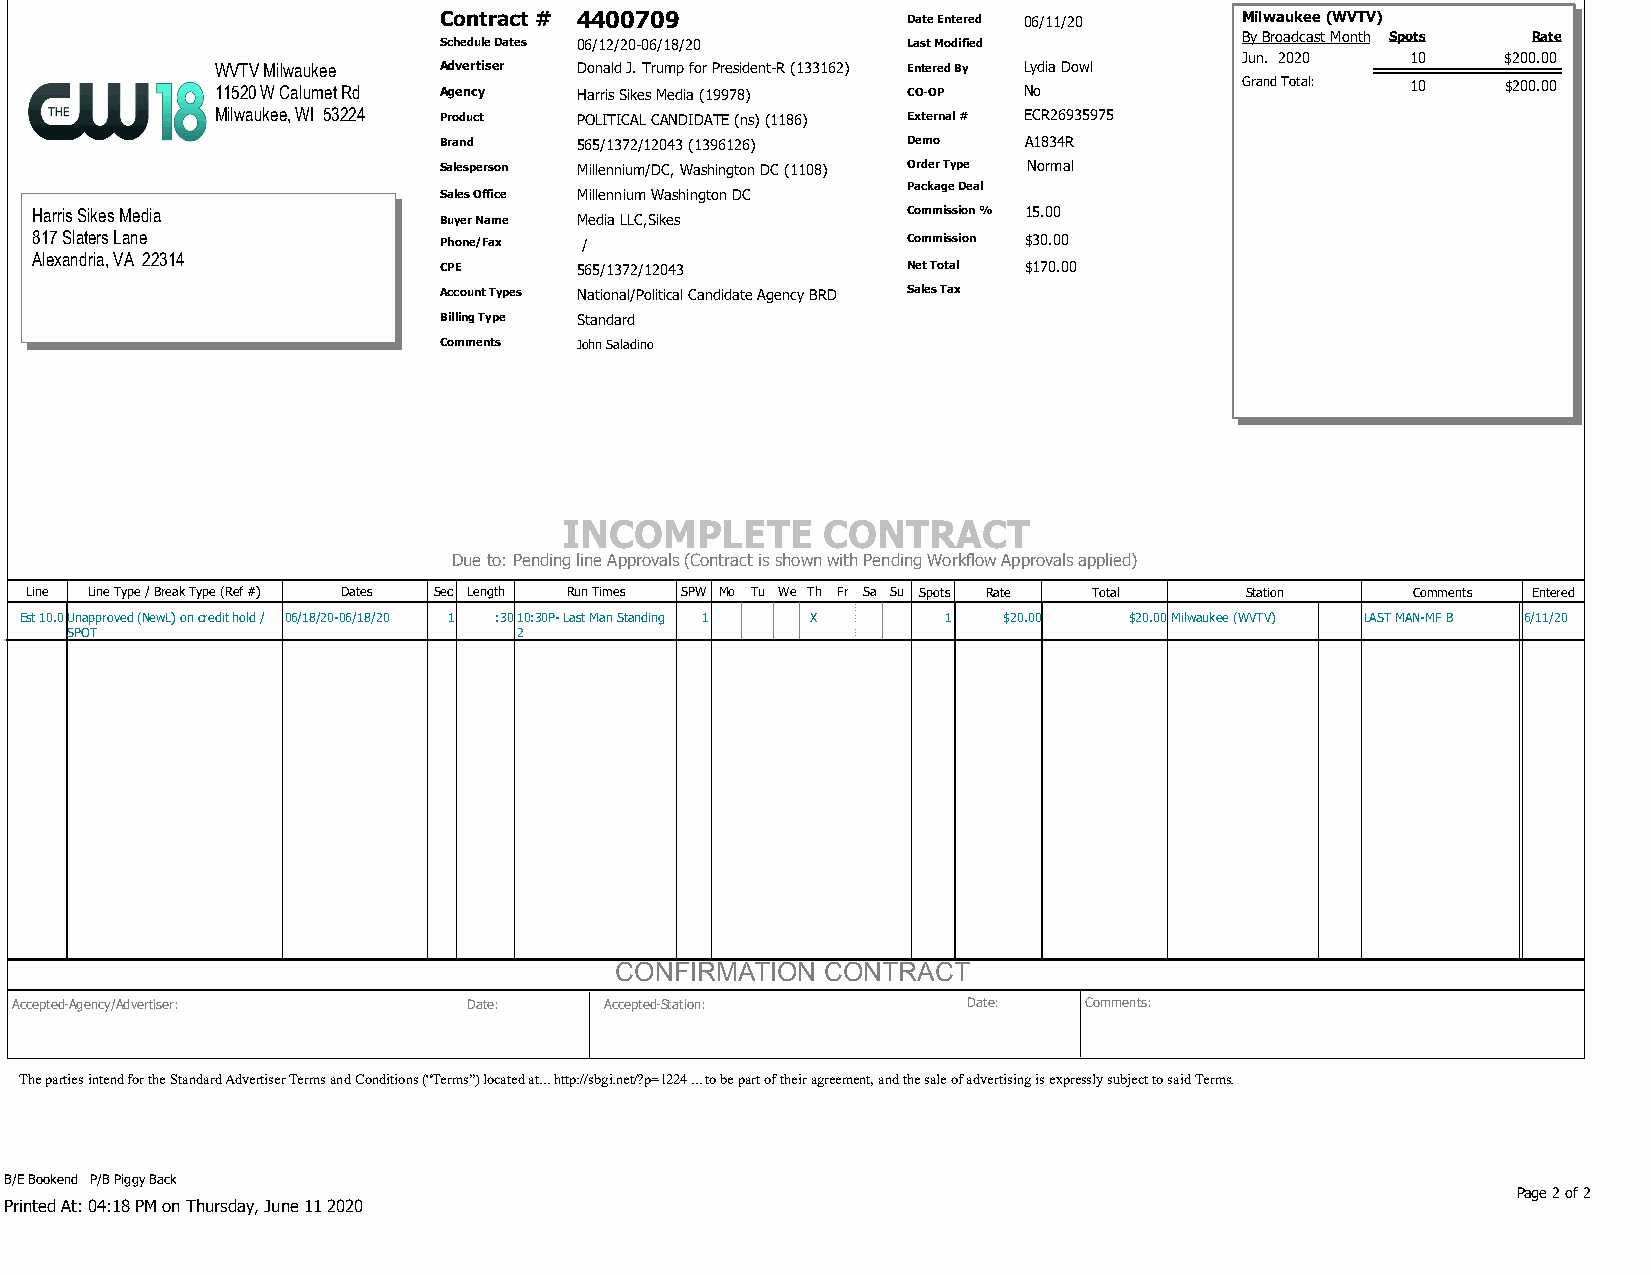
Contract # 4400709             Date Entered 06/11/20 Milwaukee (WVTV)
 By Broadcast Month Spots Rate
 Schedule Dates 06/12/20-06/18/20 Last Modified
 Jun. 2020  10     $200.00
 WVTV Milwaukee Advertiser Donald J. Trump for President-R (133162) Entered By Lydia Dowl
 11520 W Calumet Rd Agency Harris Sikes Media (19978) CO-OP No       Grand Total: 10   $200.00
 Milwaukee, WI 53224 Product POLITICAL CANDIDATE (ns) (1186) External # ECR26935975
 Brand    565/1372/12043 (1396126) Demo A1834R
 Salesperson Millennium/DC, Washington DC (1108) Order Type Normal
 Package Deal
 Sales Office Millennium Washington DC
 Harris Sikes Media         Buyer Name Media LLC,Sikes     Commission % 15.00
 817 Slaters Lane           Phone/Fax /                    Commission $30.00
 Alexandria, VA 22314
 CPE      565/1372/12043        Net Total $170.00
 Account Types National/Political Candidate Agency BRD Sales Tax
 Billing Type Standard
 Comments John Saladino
 INCOMPLETE       CONTRACT
 Due to: Pending line Approvals (Contract is shown with Pending Workflow Approvals applied)
 Line Line Type / Break Type (Ref #) Dates Sec Length Run Times SPW Mo Tu We Th Fr Sa Su Spots Rate Total Station Comments Entered
 Est 10.0Unapproved (NewL) on credit hold / 06/18/20-06/18/20 1 :3010:30P- Last Man Standing 1 X 1 $20.00 $20.00Milwaukee (WVTV) LAST MAN-MF B 6/11/20
 SPOT                          2
 CONFIRMATION CONTRACT
 Accepted-Agency/Advertiser:   Date:    Accepted-Station:       Date:   Comments:
 The parties intend for the Standard Advertiser Terms and Conditions (“Terms”) located at... http://sbgi.net/?p=1224 ... to be part of their agreement, and the sale of advertising is expressly subject to said Terms.
 B/E Bookend P/B Piggy Back
 Page 2 of 2
 Printed At: 04:18 PM on Thursday, June 11 2020